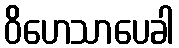
ဝိဟေသာပေခါ